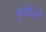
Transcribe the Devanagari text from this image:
फुंकिलें